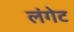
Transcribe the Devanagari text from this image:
लंगेट